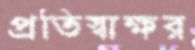
প্রতিস্বাক্ষর